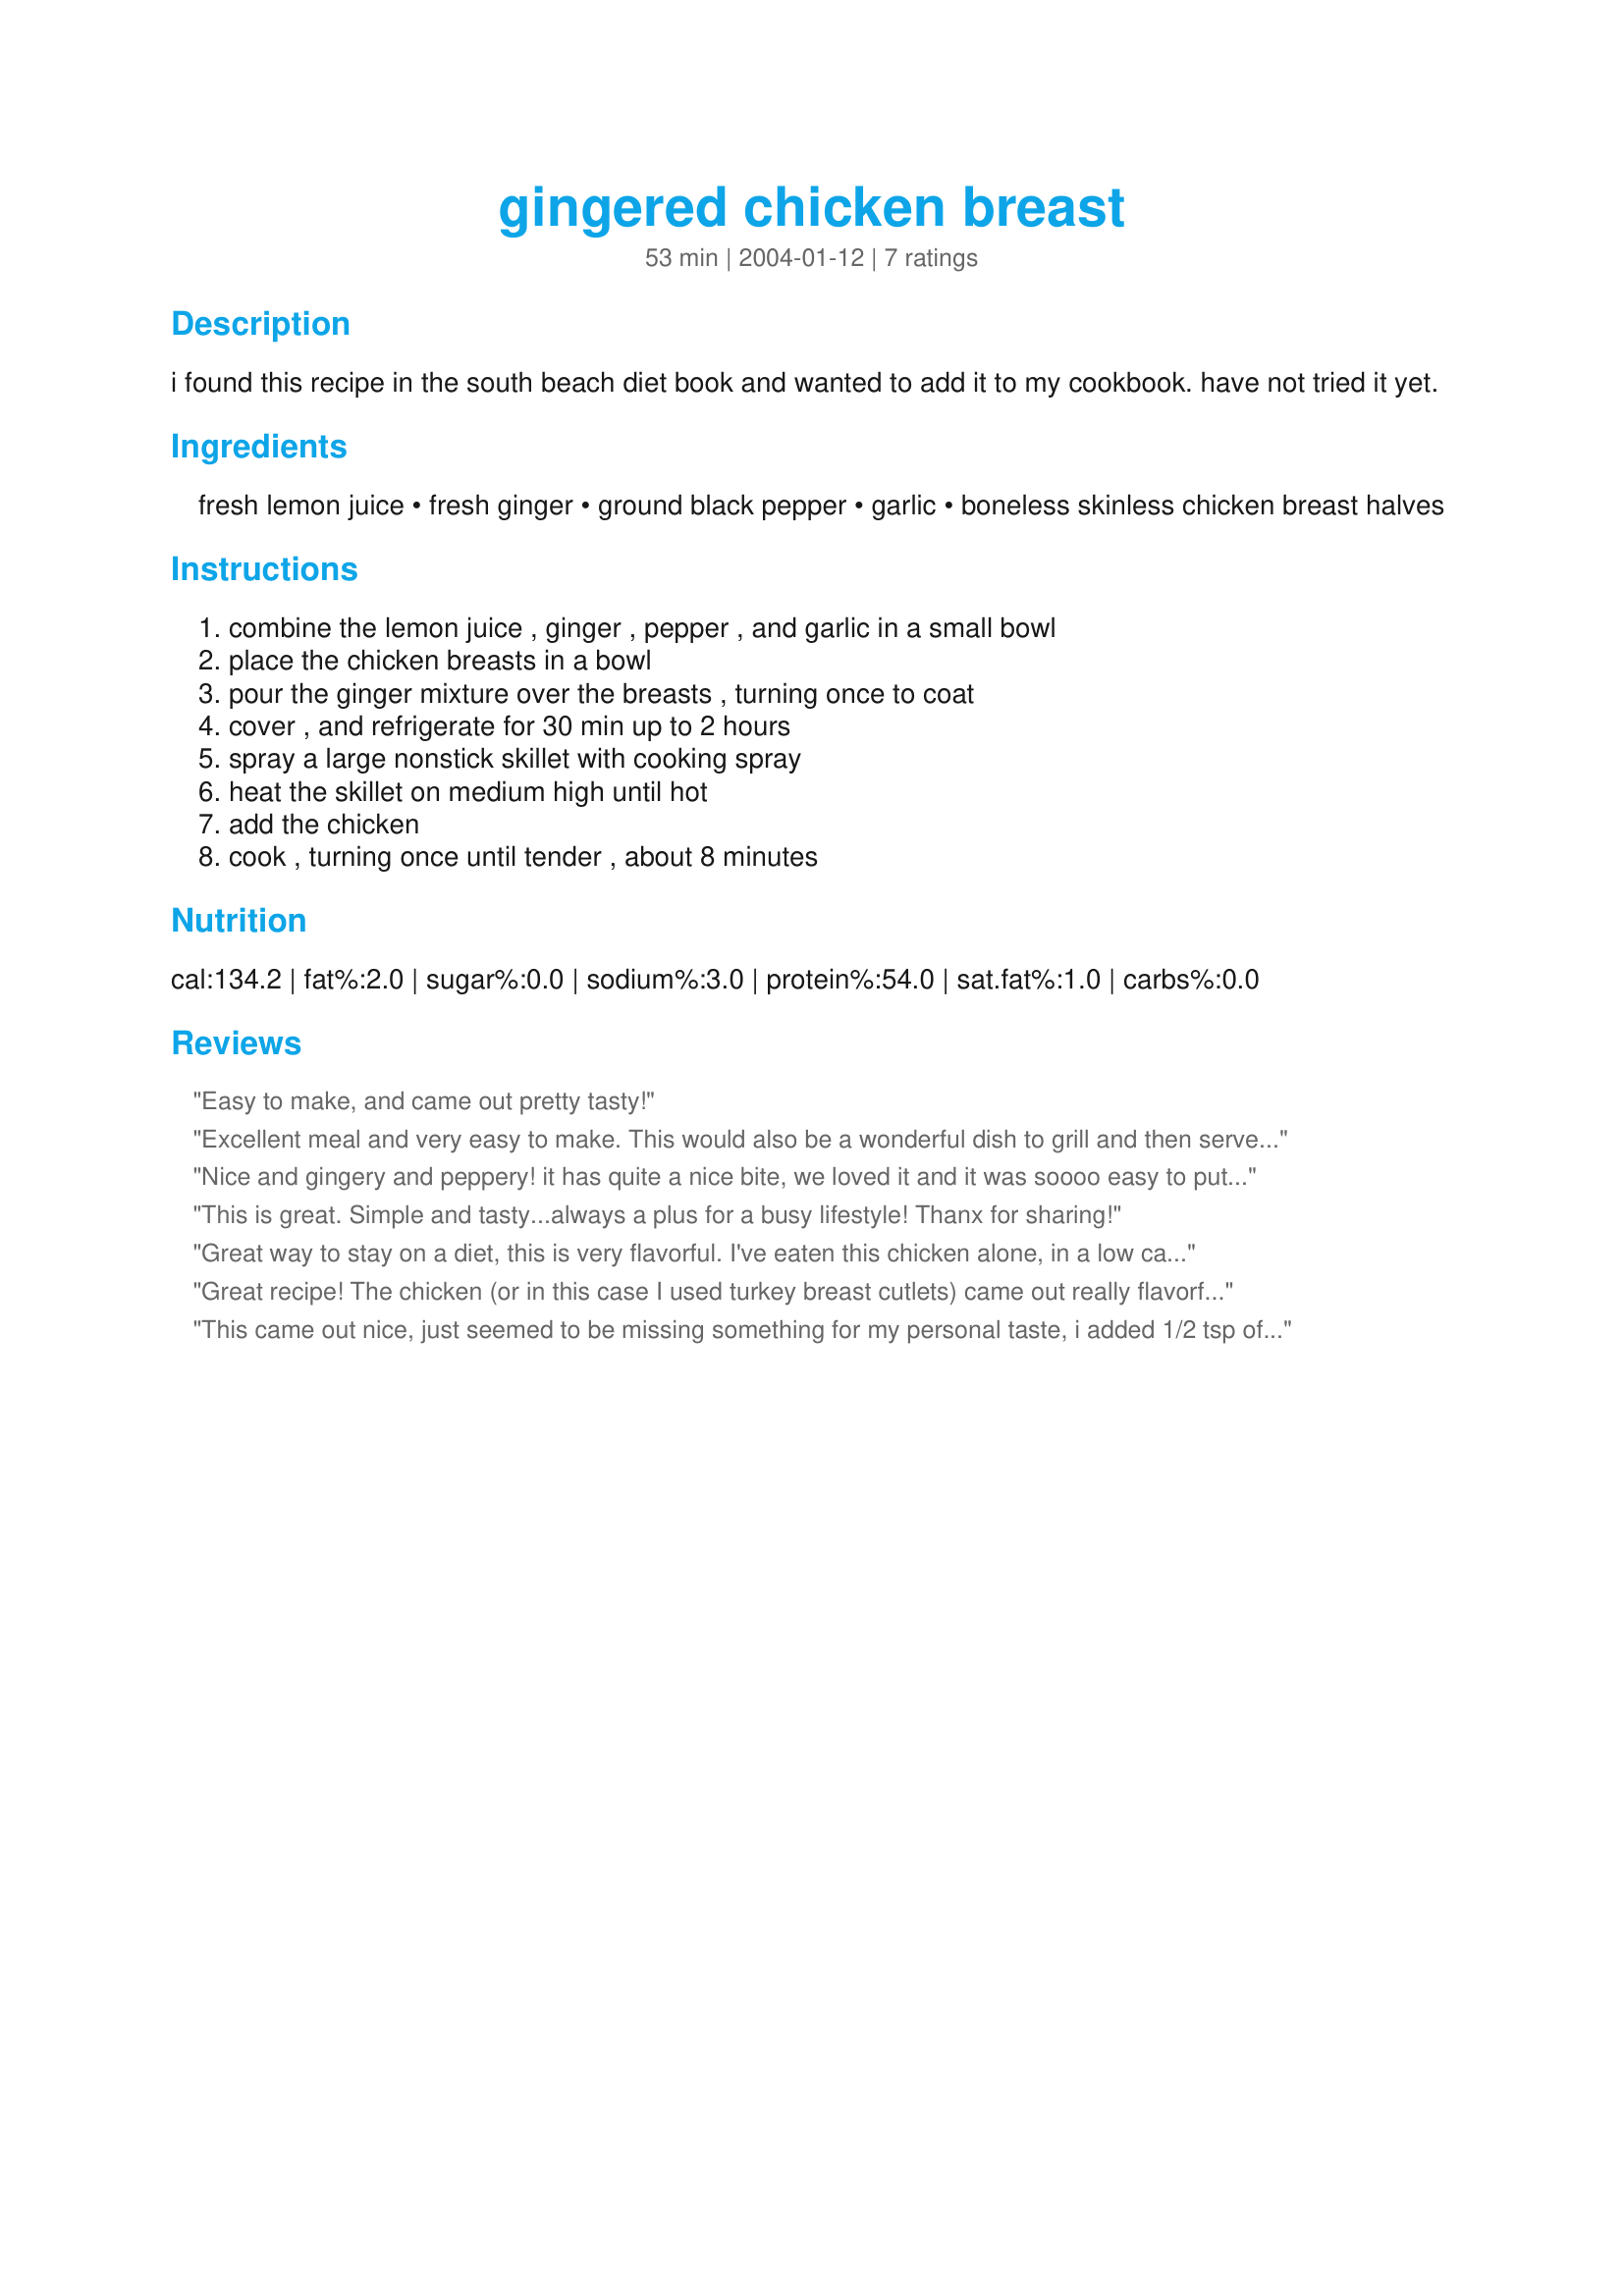
gingered chicken breast
Preparation time: 53 minutes

i found this recipe in the south beach diet book and wanted to add it to my cookbook. have not tried it yet.

Ingredients:
fresh lemon juice, fresh ginger, ground black pepper, garlic, boneless skinless chicken breast halves

Steps:
combine the lemon juice , ginger , pepper , and garlic in a small bowl, place the chicken breasts in a bowl, pour the ginger mixture over the breasts , turning once to coat, cover , and refrigerate for 30 min up to 2 hours, spray a large nonstick skillet with cooking spray, heat the skillet on medium high until hot, add the chicken, cook , turning once until tender , about 8 minutes

Reviews:
Easy to make, and came out pretty tasty!
Excellent meal and very easy to make. This would also be a wonderful dish to grill and then serve on a bed of salad with a lemon dressing!
Nice and gingery and peppery! it has quite a nice bite, we loved it and it was soooo easy to put together and quick to cook. I will be making this again, thanks for posting.
This is great. Simple and tasty...always a plus for a busy lifestyle! Thanx for sharing!
Great way to stay on a diet, this is very flavorful. I've eaten this chicken alone, in a low carb tortilla wrap, mixed with broccoli and stir fried, or on a salad.
Great recipe! The chicken (or in this case I used turkey breast cutlets) came out really flavorful... I took Rose's advice and ate it on a salad - wonderful!
This came out nice, just seemed to be missing something for my personal taste, i added 1/2 tsp of honey and 1/2 tsp of rosemarry, we enjoyed it that way serving on a bed of tomatoes and green peppers, thanks for sharing :)
